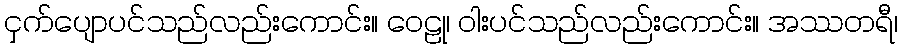
ငှက်ပျောပင်သည်လည်းကောင်း။ ဝေဠု၊ ဝါးပင်သည်လည်းကောင်း။ အဿတရီ၊